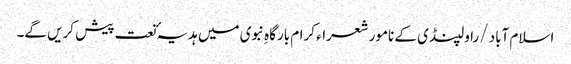
اسلام آباد /راولپنڈی کے نامور شعراء کرام بارگاہِ نبوی میں ہدیہٴ نعت پیش کریں گے۔